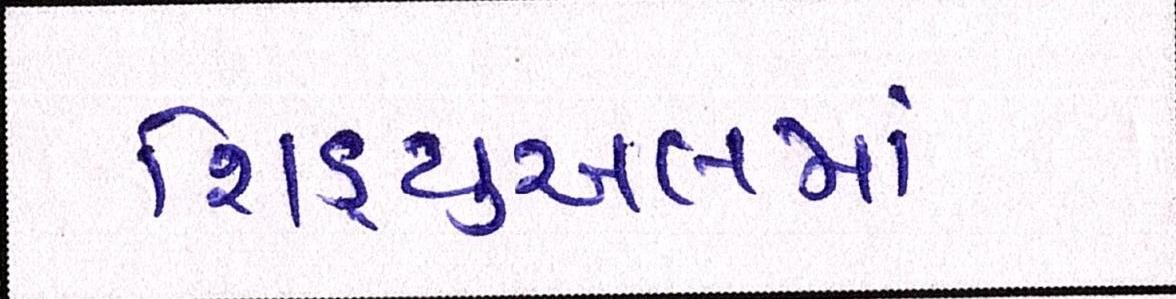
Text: શિડ્યુઅલમાં